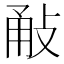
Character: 㪌